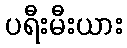
ပရီးမီးယား